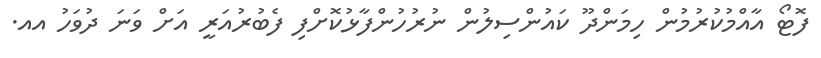
ފޮޓޯ އާއްމުކުރުމުން ހިމަންދޫ ކައުންސިލުން ނުރުހުންފާޅުކޮށްފި ފެބުރުއަރީ އަށް ވަނަ ދުވަހު އއ.